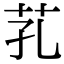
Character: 芤